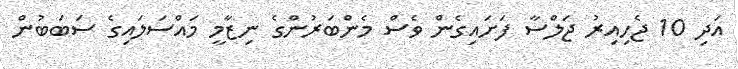
އަދި 10 ޖެހިއިރު ޖަލްސާ ފަށައިގެން ވެސް މެންބަރުންގެ ނިޒާމީ މައްސަލައިގެ ސަބަބުން